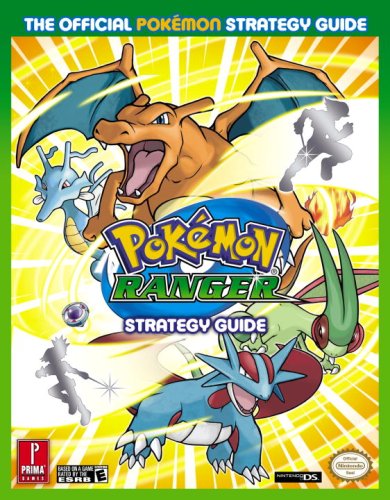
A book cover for PokÃ©mon Ranger: The Official PokÃ©mon Strategy Guide; Computers & Technology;